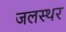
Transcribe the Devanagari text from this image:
जलस्थर